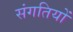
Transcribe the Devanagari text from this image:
संगतियों